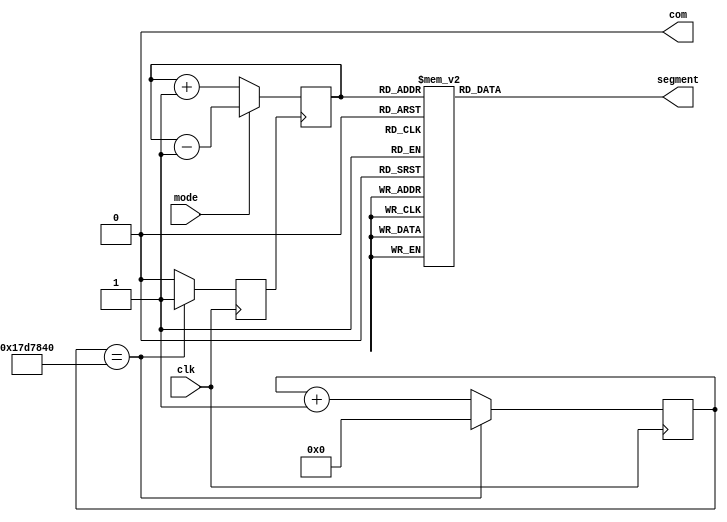
`timescale 1ns / 1ps
//////////////////////////////////////////////////////////////////////////////////
// Company: 
// Engineer: 
// 
// Design Name: 
// Module Name:    decoder 
// Project Name: 
// Target Devices: 
// Tool versions: 
// Description: 
//
// Dependencies: 
//
// Revision: 
// Revision 0.01 - File Created
// Additional Comments: 
//
//////////////////////////////////////////////////////////////////////////////////
module sevenup(
	 input clk,
	 input mode,
    output com,
	 output [6:0] segment
    );
	reg [3:0] tmp = 4'b0000;
   reg [31:0] tmp_div;
	reg sclk;
	reg [6:0] so;
	assign segment = so;
   assign com = 0;	 
	always @(posedge sclk)
      begin
		if(mode == 0) 
			tmp <= tmp+1; 
		else 
			tmp<= tmp-1; 
		end 
	always @(posedge clk)
		begin
			 if(tmp_div == 25000000)
				begin sclk <= 1; tmp_div <=0; end
			 else begin sclk <=0; tmp_div <= tmp_div +1; end
		end

   always @*
       case (tmp)
            4'b0000  : so <= 7'b0111111;
            4'b0001  : so <= 7'b0000110;
				4'b0010  : so <= 7'b1011011;
				4'b0011  : so <= 7'b1001111;
				4'b0100  : so <= 7'b1100110;
				4'b0101  : so <= 7'b1101101;
				4'b0110  : so <= 7'b1111101;
				4'b0111  : so <= 7'b0000111;
				4'b1000  : so <= 7'b1111111;
				4'b1001  : so <= 7'b1101111;
				4'b1010  : so <= 7'b1110111;
				4'b1011  : so <= 7'b1111100;
				4'b1100  : so <= 7'b1011000;
				4'b1101  : so <= 7'b1011110;
				4'b1110  : so <= 7'b1111001;
				4'b1111  : so <= 7'b1110001;
         endcase
				

endmodule